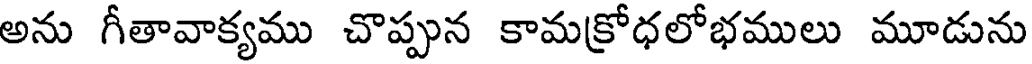
అను గీతావాక్యము చొప్పున కామక్రోధలోభములు మూడును